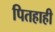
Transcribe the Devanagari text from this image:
पितहाही